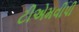
ટીએમવીપી